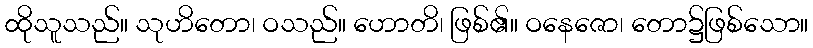
ထိုသူသည်။ သုဟိတော၊ ဝသည်။ ဟောတိ၊ ဖြစ်၏။ ဝနေဇော၊ တော၌ဖြစ်သော။